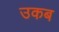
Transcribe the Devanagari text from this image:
उकब